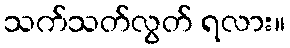
သက်သတ်လွတ် ရလား။